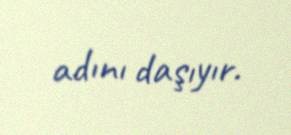
adını daşıyır.